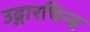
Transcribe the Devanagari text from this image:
उद्गारचिन्ह